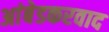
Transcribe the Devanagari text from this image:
अांबेडकरवाद